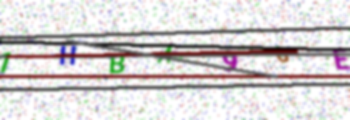
Text: 1HBA9GE